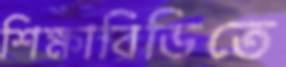
শিক্ষাবিডিতে